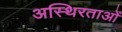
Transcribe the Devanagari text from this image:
अस्थिरताओं